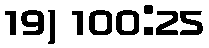
19) 100:25